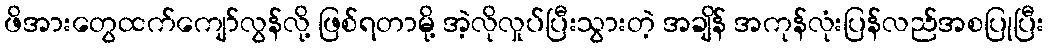
ဖိအားတွေထက်ကျော်လွန်လို့ ဖြစ်ရတာမို့ အဲ့လိုလှုပ်ပြီးသွားတဲ့ အချိန် အကုန်လုံးပြန်လည်အစပြုပြီး